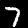
Label: 7